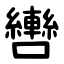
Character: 轡